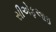
સીએફઆઇ